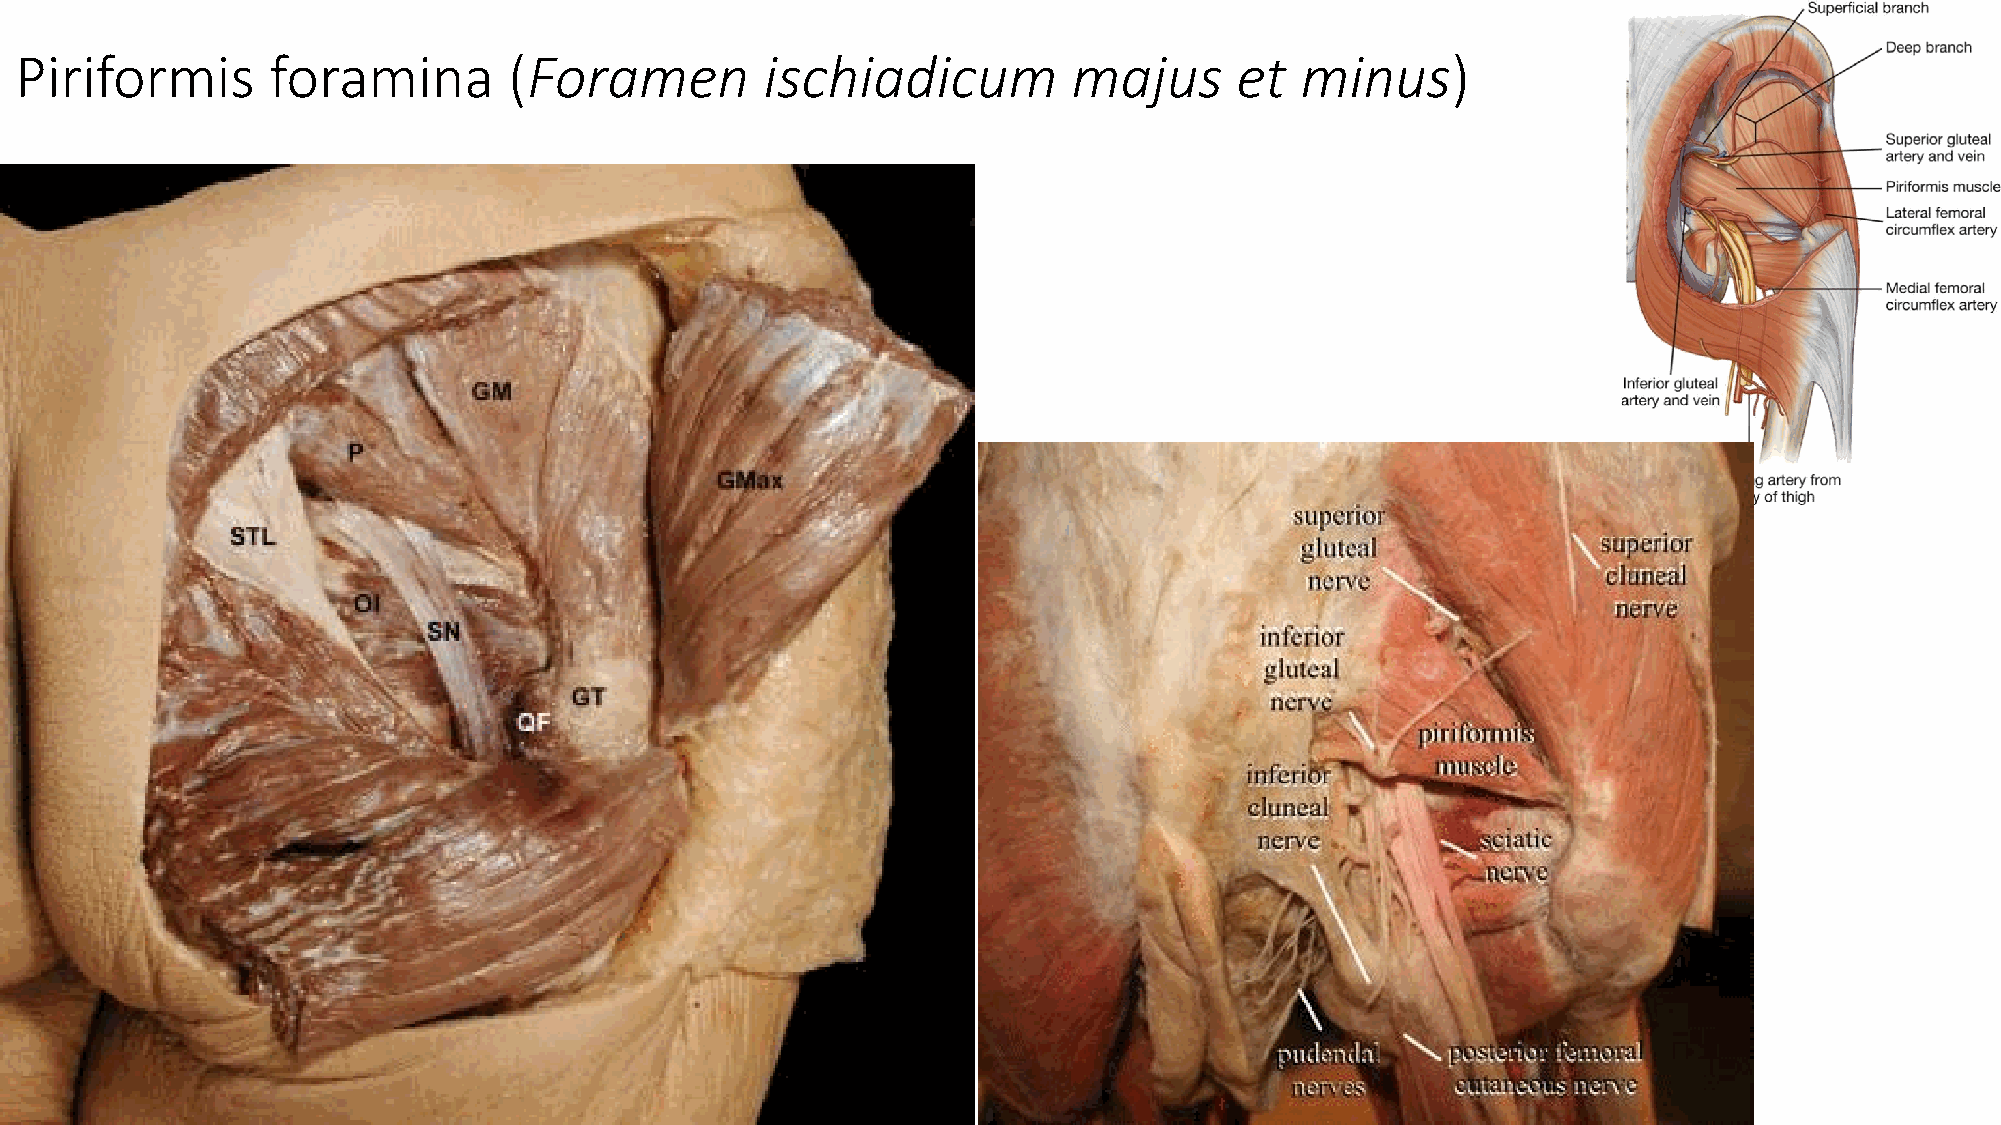
Piriformis       foramina        (Foramen         ischiadicum         majus      et  minus)